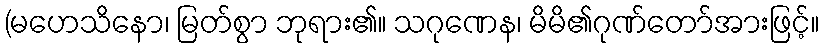
(မဟေသိနော၊ မြတ်စွာ ဘုရား၏။ သဂုဏေန၊ မိမိ၏ဂုဏ်တော်အားဖြင့်။